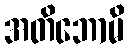
အတိဘောမိ